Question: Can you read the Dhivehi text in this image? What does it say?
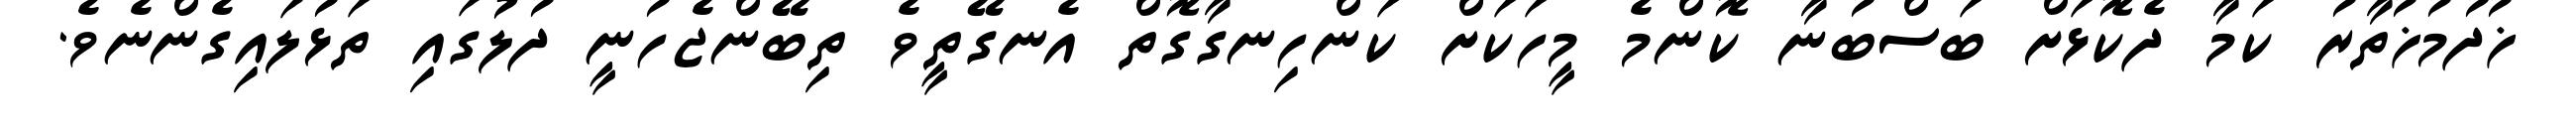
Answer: ޚުދުމުޚުތާރު ކަމާ ދެކޮޅަށް ބަސްބުނާ ކޮންމެ މީހަކަށް ކަންހިނގާގޮތް އެނގޭތީވެ ތިބޭންޖެހުނީ ދުލުގައި ތަޅުލައިގެންނެވެ.